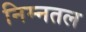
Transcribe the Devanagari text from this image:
निम्नतल